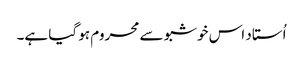
اُستاد اس خوشبو سے محروم ہو گیا ہے۔